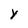
Character: Y